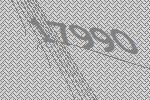
17990